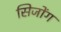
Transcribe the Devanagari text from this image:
सिजोंग